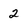
Character: 2